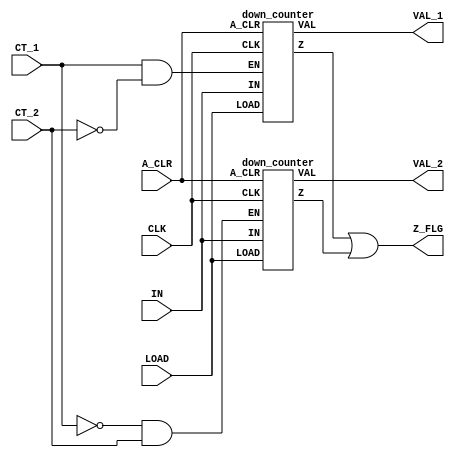
module chess_clock(CLK, LOAD, IN, A_CLR, VAL_1, VAL_2, CT_1, CT_2, Z_FLG);
parameter N = 16;//width
input CLK, LOAD, A_CLR, CT_1, CT_2;
input [N-1:0] IN;
output Z_FLG;
output [N-1:0] VAL_1, VAL_2;  
wire EN_1, EN_2;
wire Z_1, Z_2;

down_counter couner1(CLK, LOAD, IN, A_CLR, EN_1, Z_1, VAL_1);
down_counter couner2(CLK, LOAD, IN, A_CLR, EN_2, Z_2, VAL_2);

assign Z_FLG = Z_1 | Z_2;
assign EN_1 = CT_1 & ~CT_2;
assign EN_2 = ~CT_1 & CT_2;

endmodule

module down_counter(CLK, LOAD, IN, A_CLR, EN, Z, VAL);
parameter N = 16;//width
input CLK, LOAD, A_CLR, EN;
input [N-1:0] IN;
output reg Z; 
output [N-1:0] VAL; 
reg [N-1:0] V;

always @(posedge CLK) begin
	if(LOAD)
		V <= IN;//If A_CLR doesn't tie values to 0, we do parallel load (if LOAD == true)
	else if(EN)
		V <= (V ? V - 1'b1 : 1'b0);// allow shift and making sure counter won't go negative
end

always @(posedge A_CLR)//clear entity
	V <= (A_CLR ? 16'd0 : V);


always@(V)// Zero flag entity
	Z <= (!V ? 1'b1 : 1'b0);

assign VAL = V;
endmodule